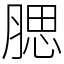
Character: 腮